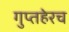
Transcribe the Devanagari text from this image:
गुप्तहेरच